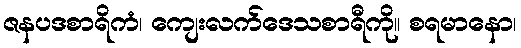
ဇနပဒစာရိကံ၊ ကျေးလက်ဒေသစာရီကို။ စရမာနော၊